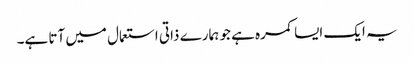
یہ ایک ایسا کمرہ ہے جو ہمارے ذاتی استعمال میں آتا ہے۔